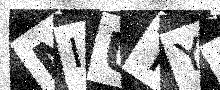
Text: MIUTYH